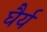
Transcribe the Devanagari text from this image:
घैर्य